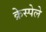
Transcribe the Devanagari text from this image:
क्रेस्पेले